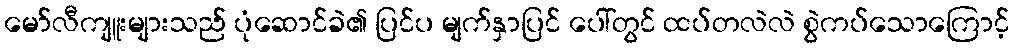
မော်လီကျူးများသည် ပုံဆောင်ခဲ၏ ပြင်ပ မျက်နှာပြင် ပေါ်တွင် ထပ်တလဲလဲ စွဲကပ်သောကြောင့်